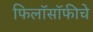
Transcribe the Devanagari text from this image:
फिलॉसॉफीचे